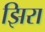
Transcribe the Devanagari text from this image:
झिरा